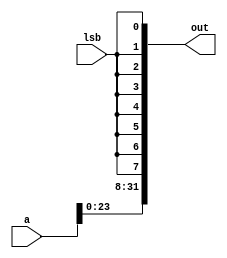
module sll_8(a, lsb, out);
	input [31:0] a;
	input lsb;
	output[31:0] out;
	wire [31:0] out;
	genvar i;
	generate
		for(i=8; i<32; i=i+1) begin: shift_eight_loop
			assign out[i] = a[i-8];
		end
	endgenerate
	genvar j;
	generate
		for(j=0; j<8; j=j+1) begin: shift_eight_sub_loop
			assign out[j] = lsb;
		end
	endgenerate
endmodule